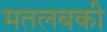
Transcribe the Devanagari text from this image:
मतलबकी